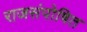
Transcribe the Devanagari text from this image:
राजसंपोषित